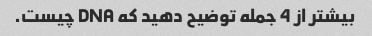
بیشتر از 4 جمله توضیح دهید که DNA چیست.